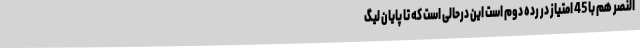
النصر هم با 45 امتیاز در رده دوم است این درحالی است که تا پایان لیگ